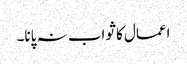
اعمال کا ثواب نہ پانا۔